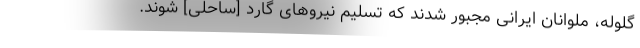
گلوله، ملوانان ایرانی مجبور شدند که تسلیم نیروهای گارد [ساحلی] شوند.